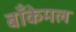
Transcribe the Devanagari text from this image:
बाँकेमल